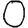
Digit: 0